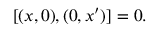
[ ( x , 0 ) , ( 0 , x ^ { \prime } ) ] = 0 .